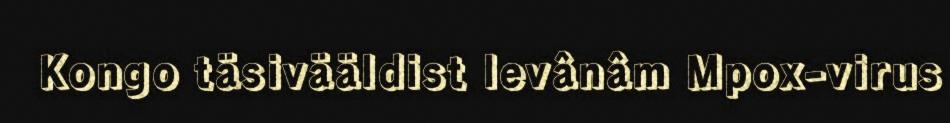
Kongo täsivääldist levânâm Mpox-virus